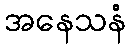
အနေသနံ